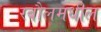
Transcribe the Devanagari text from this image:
रबौलमधील